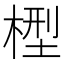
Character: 𣕭